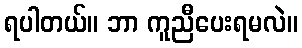
ရပါတယ်။ ဘာ ကူညီပေးရမလဲ။